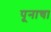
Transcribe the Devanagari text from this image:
पूनाचा